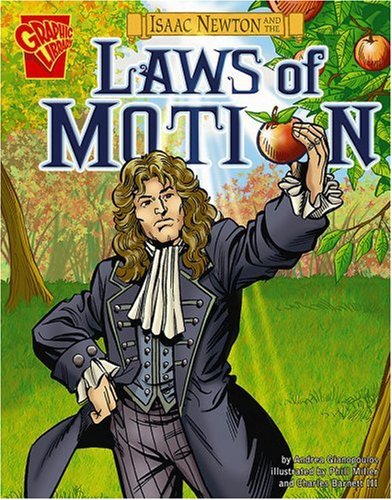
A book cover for Isaac Newton and the Laws of Motion (Inventions and Discovery); Andrea Gianopoulos; Children's Books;